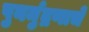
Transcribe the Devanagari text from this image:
पुनर्मुद्रणाचे